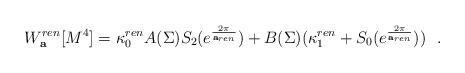
\begin{align*}W_{\bf a}^{ren}[M^4]=\kappa^{ren}_0 A(\Sigma ) S_2(e^{2\pi\over {\bf a}_{ren}})+B(\Sigma )(\kappa_1^{ren}+S_0(e^{2\pi\over {\bf a}_{ren}}))~~.\end{align*}